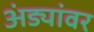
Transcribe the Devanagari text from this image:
अंड्यांवर